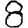
Digit: 8